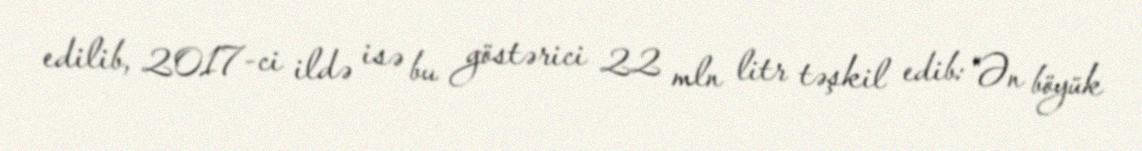
edilib, 2017-ci ildə isə bu göstərici 22 mln litr təşkil edib: "Ən böyük